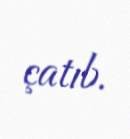
çatıb.